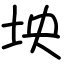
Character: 坱